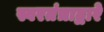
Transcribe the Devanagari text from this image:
स्वरतंत्राद्वारे